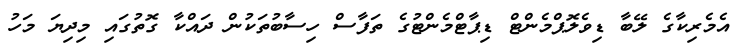
އެމެރިކާގެ ލޭބާ ޑިވެލޮޕްމެންޓް ޑިޕާޓްމެންޓުގެ ތަފާސް ހިސާބުތަކުން ދައްކާ ގޮތުގައި މިދިޔަ މަހު